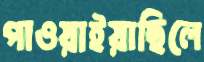
পাওয়াইয়াছিলে